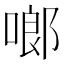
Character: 啷